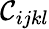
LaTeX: \mathcal{C}_{ijkl}